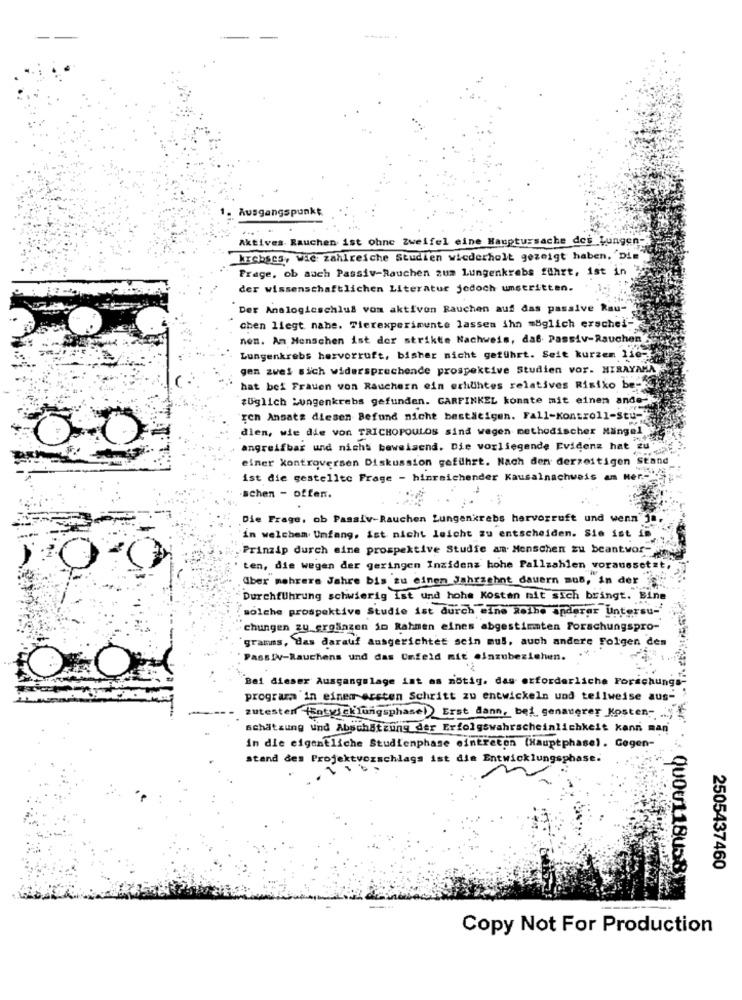
Ausgangspunkt
Aktives Rauchen ist ohne Zweifel eine Hauptursache des Lungen
krebses, Vie zahlreiche Studien wiederholt gezeigt haben, Die
Frage, ob auch Passiv-Rauchen zum Lungenkrebs führt, ist in
der wissenschaftlichen Literatur jedoch umstritten.
"Der Analogicschlus vom aktiven Rauchen auf das passive Rau-
chen liegt nahe. Tierexperimente lassen ihn möglich erschel-
nen. An Menschen ist der strikte Nachweis, daß Passiv-Rauchen
Lungenkrebs hervorruft, bisher nicht geführt. Seit kurzem lie-
gen zwei sich widersprechende prospektive Studien vor. HIRAYAMA
hat bei Frauen von Rauchern ein erhuhtes relatives Risiko be-
#Uglich Lungenkrebs gefunden. GARFINKEL konnte mit einen ande ki
ren Ansatz diesen Befund nicht bestätigen. Fall-Kontroll-stu-
dien, wie die von TRICHOPOULOS sind wegen methodischer Mängel
angreifbar und nicht beweisend. Die vorliegende Evidenz hat zu
einer kontroversen Diskussion geführt. Nach den derzeitigen Stand
ist die gestellte Frage - hinreichender Kausalnachweis am Mer .-
schen - offen.
Die Frage, ob Passiv-Rauchen Lungenkrebs hervorruft und wenn ja,
in welchem Unfang, ist nicht leicht zu entscheiden. Sie ist is
Prinzip durch eine prospektive Studie an Menschen zu beantwor-
ten, die wegen der geringen Inzidenz hohe Pallzahlen voraussetzt
. Aber mehrere Jahre bis zu einen Jahrzehnt dauern mus, in der
"Durchführung schwierig Ist und hohe Kosten mit sich bringt. Bine
solche prospektive Studie ist durch eine Reihe anderer Untersu-
chungen zu ergänzen im Rahmen eines abgestimmten Forschungspro-
"gramms, das darauf ausgerichtet sein mus, auch andere Folgen den
Passiv-Rauchens und das Umfeld mit einzubeziehen.
Bei dieser Ausgangslage int as nötig. das erforderliche Forschungs-
programa in einem ersten Schritt zu entwickeln und teilweise aus-
zutesten (Entwicklungsphase)) Erst dann, bet genauerer Kosten-
schätzung und Abschätzung der Erfolgswahrscheinlichkeit kann man
in die eigentliche Studienphase eintreten (Hauptphase). Cogen-
stand des Projektvorschlags ist die Entwicklungsphase.
2505437460
Copy Not For Production